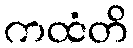
ကထံတိ